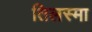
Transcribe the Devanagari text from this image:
तिलस्मा